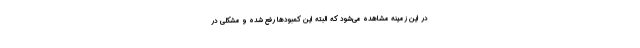
در این زمینه مشاهده می‌شود که البته این کمبودها رفع شده و مشکلی در